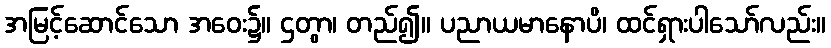
အမြင့်ဆောင်သော အဝေး၌။ ဌတွာ၊ တည်၍။ ပညာယမာနောပိ၊ ထင်ရှားပါသော်လည်း။